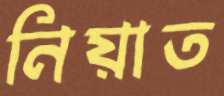
নিয়াত